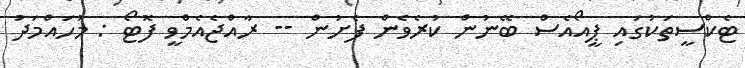
ޓެކްސީތަކުގައި ޕީއޯއެސް ބޭނުން ކުރެވެން ފެށުން -- ރާއްޖެއެމްވީ ފޮޓޯ : މުހައްމަދު